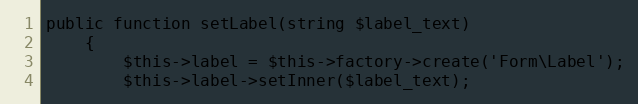
Language: PHP
public function setLabel(string $label_text)
    {
        $this->label = $this->factory->create('Form\Label');
        $this->label->setInner($label_text);